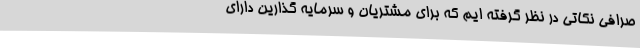
صرافی نکاتی در نظر گرفته ایم که برای مشتریان و سرمایه گذارین دارای